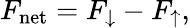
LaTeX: F_{\mathrm{net}}=F_{\downarrow}-F_{\uparrow},